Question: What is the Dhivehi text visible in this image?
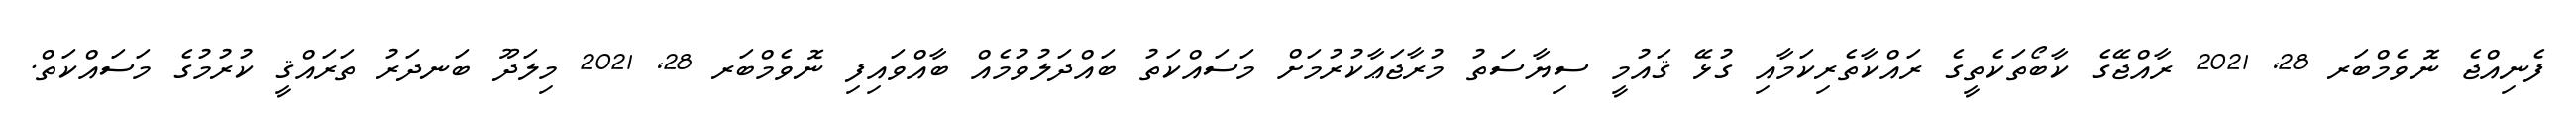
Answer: ފެނިއްޖެ ނޮވެމްބަރ 28, 2021 ރާއްޖޭގެ ކާބޯތަކެތީގެ ރައްކާތެރިކަމާއި ގުޅޭ ޤައުމީ ސިޔާސަތު މުރާޖަޢާކުރުމަށް މަސައްކަތު ބައްދަލުވުމެއް ބާއްވައިފި ނޮވެމްބަރ 28, 2021 މިލަދޫ ބަނދަރު ތަރައްޤީ ކުރުމުގެ މަސައްކަތް.